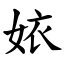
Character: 㛄